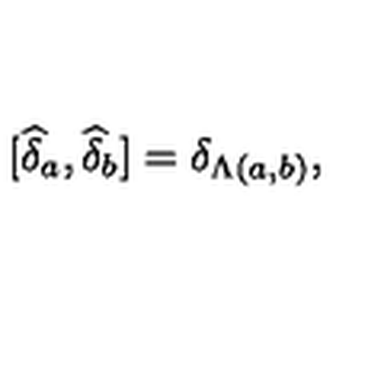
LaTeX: \lbrack \widehat { \delta } _ { a } , \widehat { \delta } _ { b } ] = \delta _ { \Lambda ( a , b ) } ,